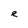
Character: e